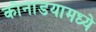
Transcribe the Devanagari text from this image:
कोनाडयामध्ये